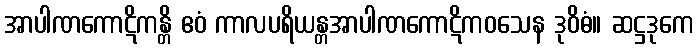
အာပါဏကောဋိကန္တိ ဧဝံ ကာလပရိယန္တအာပါဏကောဋိကဝသေန ဒုဝိဓံ။ ဆဋ္ဌဒုကေ